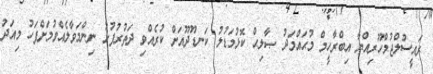
ރައީސުލްޖުމްހޫރިއްޔާ އިބްރާހީމް މުޙައްމަދު ޞާލިޙް ކޮޅުމަޑުލު ކަނޑޫދޫއަށް ކުރެއްވި ދަތުރުފުޅު ނިންމަވާލެއްވުމަށްފަހު މިއަދު